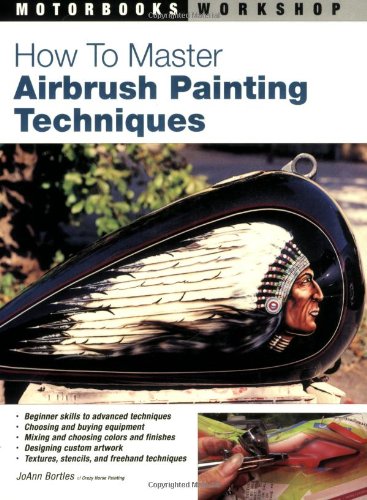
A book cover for How to Master Airbrush Painting Techniques (Motorbooks Workshop); JoAnn Bortles; Engineering & Transportation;